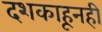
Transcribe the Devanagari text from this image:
दशकाहूनही